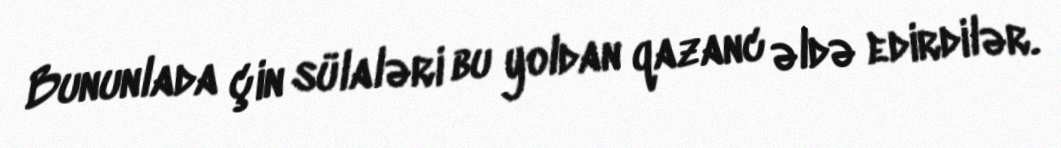
Bununlada çin sülaləri bu yoldan qazanc əldə edirdilər.